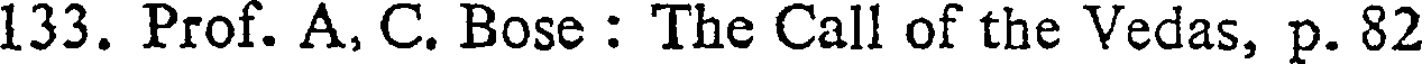
133. Prof. A, C. Bose : The Call of the Vedas, p. 82